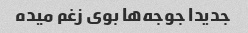
جدیدا جوجه‌ها بوی زغم میده